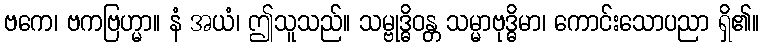
ဗကေ၊ ဗကဗြဟ္မာ။ နံ အယံ၊ ဤသူသည်။ သမ္ဗုဒ္ဓိဝန္တ သမ္မာဗုဒ္ဓိမာ၊ ကောင်းသောပညာ ရှိ၏။